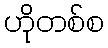
ဟိုတစ်စ